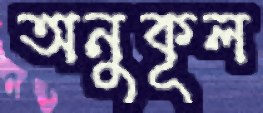
অনুকূল